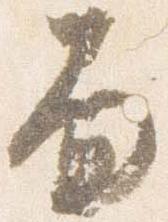
面